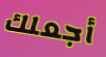
أجعلك